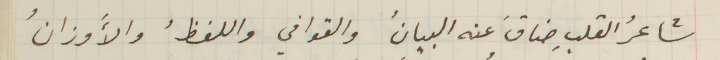
شاعرُ القلبِ ضاقَ عنه البيانُ والقوافي واللفظُ والأوزانُ